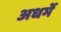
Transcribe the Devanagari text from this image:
अधर्मे